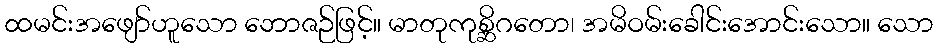
ထမင်းအဖျော်ဟူသော ဘောဇဉ်ဖြင့်။ မာတုကုစ္ဆိဂတော၊ အမိဝမ်းခေါင်းအောင်းသော။ သော